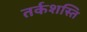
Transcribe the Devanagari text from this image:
तर्कशस्ति